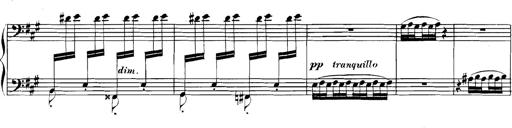
Title: Spinnerlied aus dem Fliegenden HollÃ¤nder
Composer: Franz Liszt